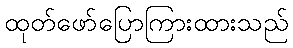
ထုတ်ဖော်ပြောကြားထားသည်